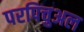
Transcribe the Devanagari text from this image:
परपिचुअल